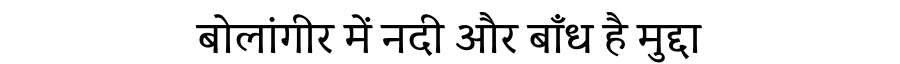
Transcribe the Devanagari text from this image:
बोलांगीर में नदी और बाँध है मुद्दा